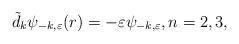
LaTeX: \begin{align*}\tilde{d}_k\psi_{-k,\varepsilon}(r)=-\varepsilon \psi_{-k,\varepsilon},n=2,3,\end{align*}